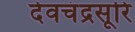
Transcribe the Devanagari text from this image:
देवचंद्रसूरि